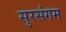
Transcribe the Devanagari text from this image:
सुरसंगम